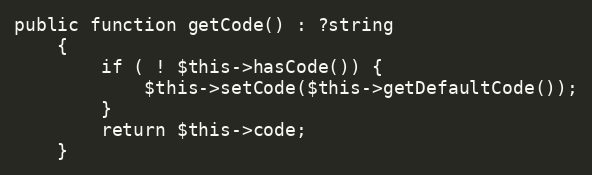
Language: PHP
public function getCode() : ?string
    {
        if ( ! $this->hasCode()) {
            $this->setCode($this->getDefaultCode());
        }
        return $this->code;
    }